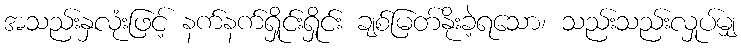
အသည်းနှလုံးဖြင့် နက်နက်ရှိုင်းရှိုင်း ချစ်မြတ်နိုးခဲ့ရသော၊ သည်းသည်းလှုပ်မျှ